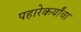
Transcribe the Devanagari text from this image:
पहारेकर्यांचा